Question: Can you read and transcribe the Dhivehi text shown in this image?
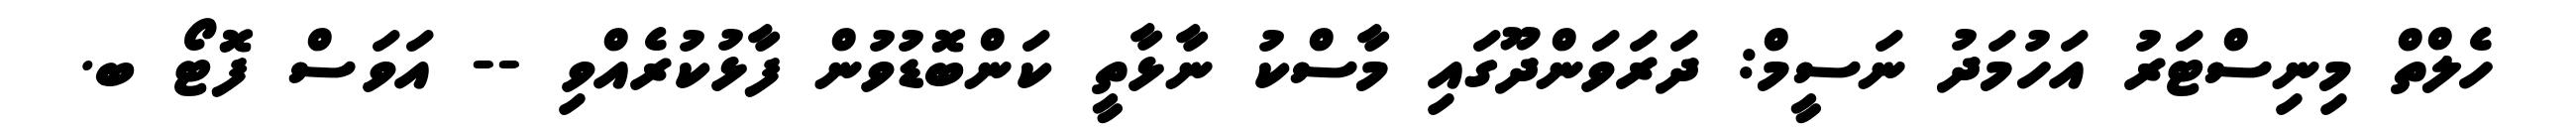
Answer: ހެލްތް މިނިސްޓަރު އަހުމަދު ނަސީމް: ދަރަވަންދޫގައި މާސްކު ނާޅާތީ ކަންބޮޑުވުން ފާޅުކުރެއްވި -- އަވަސް ފޮޓޯ ބ.